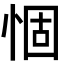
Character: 𢛅